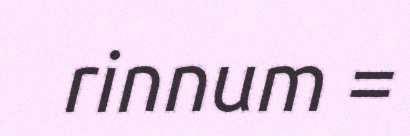
rinnum =